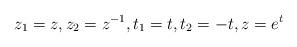
LaTeX: \begin{align*}z_1=z,z_2=z^{-1},t_1=t,t_2=-t,z=e^t\end{align*}